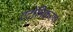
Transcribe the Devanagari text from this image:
एटोमिकरण